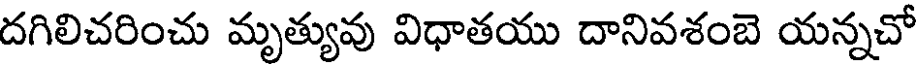
దగిలిచరించు మృత్యువు విధాతయు దానివశంబె యన్నచో